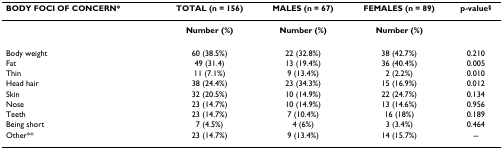
<table><thead><tr><td><b>BODY FOCI OF CONCERN*</b></td><td><b>TOTAL (n = 156)</b></td><td><b>MALES (n = 67)</b></td><td><b>FEMALES (n = 89)</b></td><td><b>p-value<sup>§</sup></b></td></tr></thead><tbody><tr><td>[EMPTY_CELL]</td><td><b>Number (%)</b></td><td><b>Number (%)</b></td><td><b>Number (%)</b></td><td>[EMPTY_CELL]</td></tr><tr><td>Body weight</td><td>60 (38.5%)</td><td>22 (32.8%)</td><td>38 (42.7%)</td><td>0.210</td></tr><tr><td>Fat</td><td>49 (31.4)</td><td>13 (19.4%)</td><td>36 (40.4%)</td><td>0.005</td></tr><tr><td>Thin</td><td>11 (7.1%)</td><td>9 (13.4%)</td><td>2 (2.2%)</td><td>0.010</td></tr><tr><td>Head hair</td><td>38 (24.4%)</td><td>23 (34.3%)</td><td>15 (16.9%)</td><td>0.012</td></tr><tr><td>Skin</td><td>32 (20.5%)</td><td>10 (14.9%)</td><td>22 (24.7%)</td><td>0.134</td></tr><tr><td>Nose</td><td>23 (14.7%)</td><td>10 (14.9%)</td><td>13 (14.6%)</td><td>0.956</td></tr><tr><td>Teeth</td><td>23 (14.7%)</td><td>7 (10.4%)</td><td>16 (18%)</td><td>0.189</td></tr><tr><td>Being short</td><td>7 (4.5%)</td><td>4 (6%)</td><td>3 (3.4%)</td><td>0.464</td></tr><tr><td>Other**</td><td>23 (14.7%)</td><td>9 (13.4%)</td><td>14 (15.7%)</td><td>--</td></tr></tbody></table>